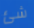
شئ